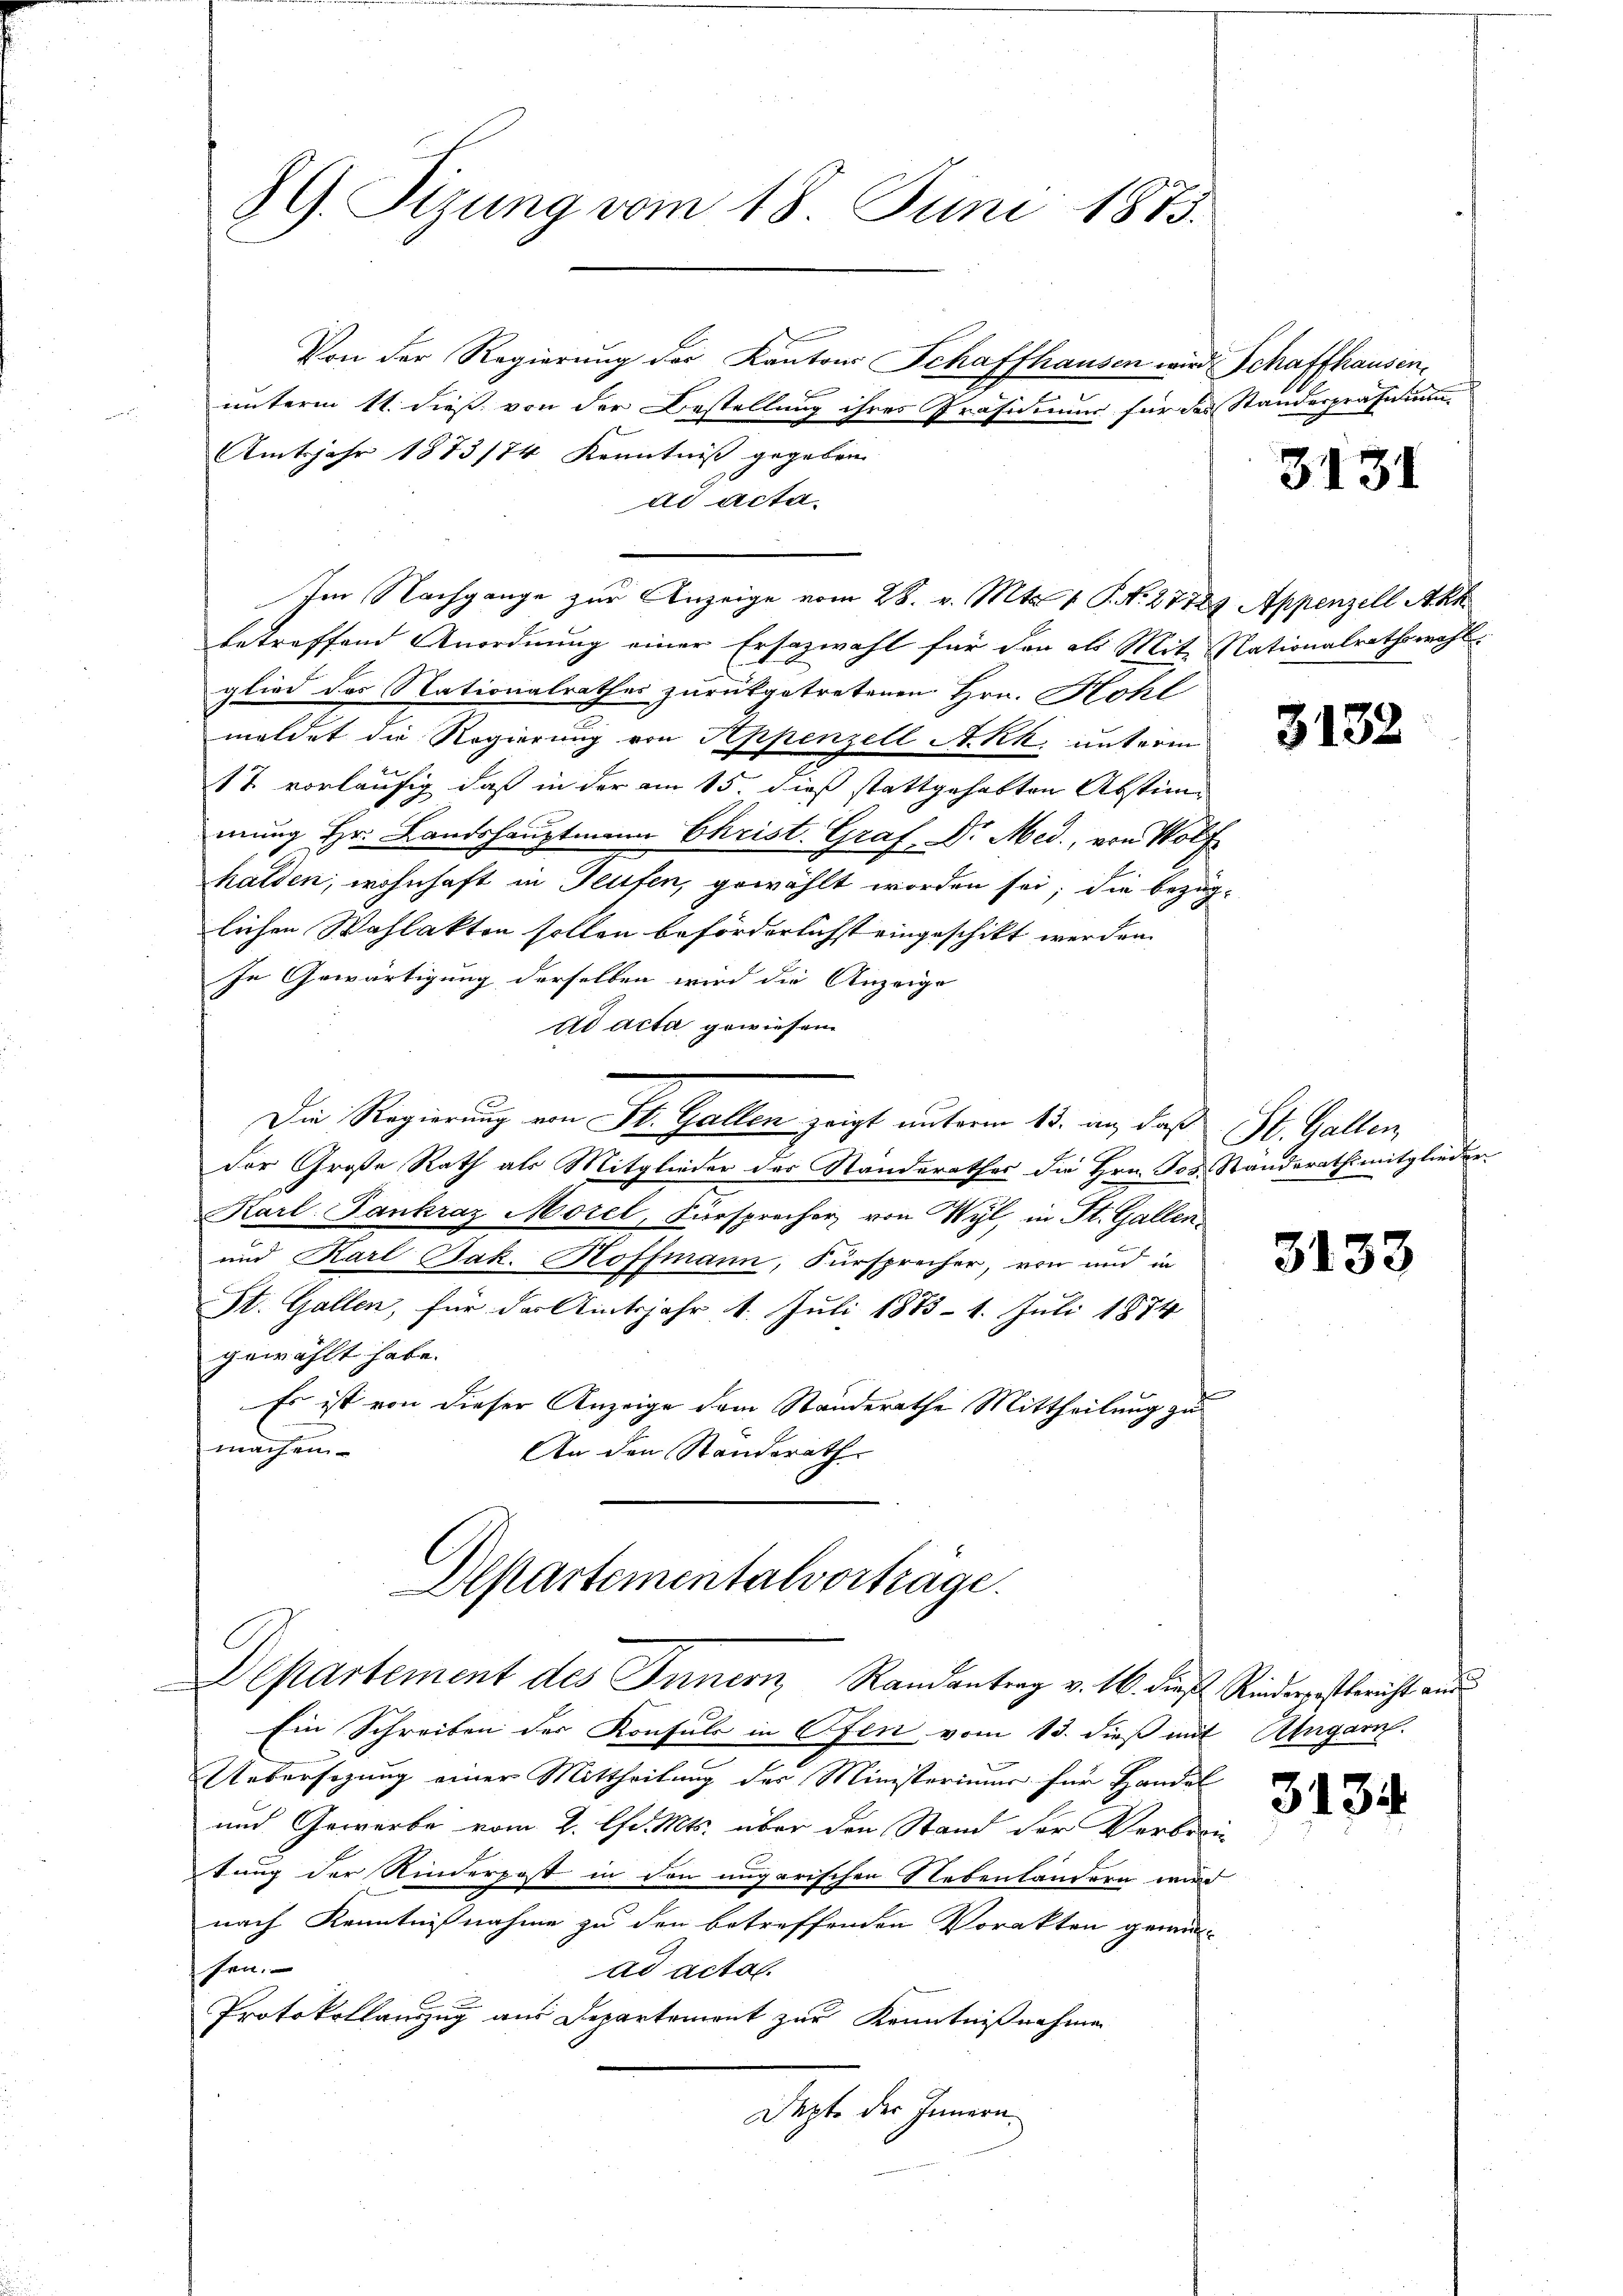
89. Sizung vom 18. Juni 1873.

Von der Regierung des Kantons Schaffhausen wird Schaffhausen,
B
unterm 11. dieß von der Bestellung ihres Präsidium für das Standespräsum
Amtsjahr 1873/74 Kenntniß gegeben.
ad acta.
Im Nachgange zur Anzeige vom 28. v. Mts. 1 P. Nr. 27729. Appenzell Akk
betreffend Anordnung einer Ersazwahl für den als Mit Nationalrathswahl.
glied des Nationalrathes zurükgetretenen Hrn. Hohl
meldet die Regierung von Appenzell A. kk. unterm
17. vorläufig daß in der am 15. dieß stattgehabten Abstimmung Hr. Landshauptmann Christ. Graf. Dr. Med., von Wolf
halden, wohnhaft in Teufen, gewählt worden sei; die bezüg-
lichen Wahlakten sollen beförderlichst eingeschikt werden.
In Gewärtigung derselben wird die Anzeige
ad acta gewiesen
d
Die Regierung von St. Gallen zeigt unterm 13. an, das St. Gallen
der Große Rath als Mitglieder des Standerathes die Hrn. Jos. Standerathsmitglieder
Karl Zankraz Morel, Fürsprecher von Wyl, in St. Gallen¬
und Karl Jak. Hoffmann, Fürsprecher, von und in
St. Gallen, für das Amtsjahr 1. Juli 1873 - 1. Juli 1874
gewählt habe.
Es ist von dieser Anzeige dem Standerathe Mittheilung zu
machen
An den Standerath
Alpartementalvorträge.

Departement des Innern, Randantrag v. 16. dieß Rinderpestbericht aus

Ein Schreiben der Konsuls in Ofen vom 13. dieß mit Abergarn.
Uebersezung einer Mittheilung der Ministeriums für Handel
und Gewerbe vom 2. lfd. Mts. über den Stand der Verbrei
tung der Kinderpost in den ungarischen Nebenländern wird
nach Kenntnißnahme zu den betreffenden Vorakten gemüt
sen.
ad acta.
Protokollauszug aus Departement zur Kenntnißnahmen
Depte der Innern

3131

3132

3133

3134